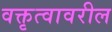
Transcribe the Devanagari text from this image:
वक्तृत्वावरील